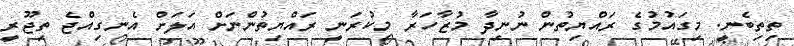
ތިތިބެނީ. މިގައުމުގެ ރައްޔިތުން ނުނިދާ މުޒާހަރާ މިކުރަނީ ރައްޔިތުންނަށް އަލަށް އެނގިއްޖެ ތިޖޫރީ